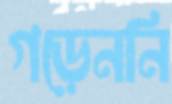
গড়েননি